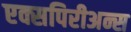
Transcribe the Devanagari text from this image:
एक्सपिरीअन्स